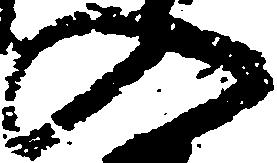
入